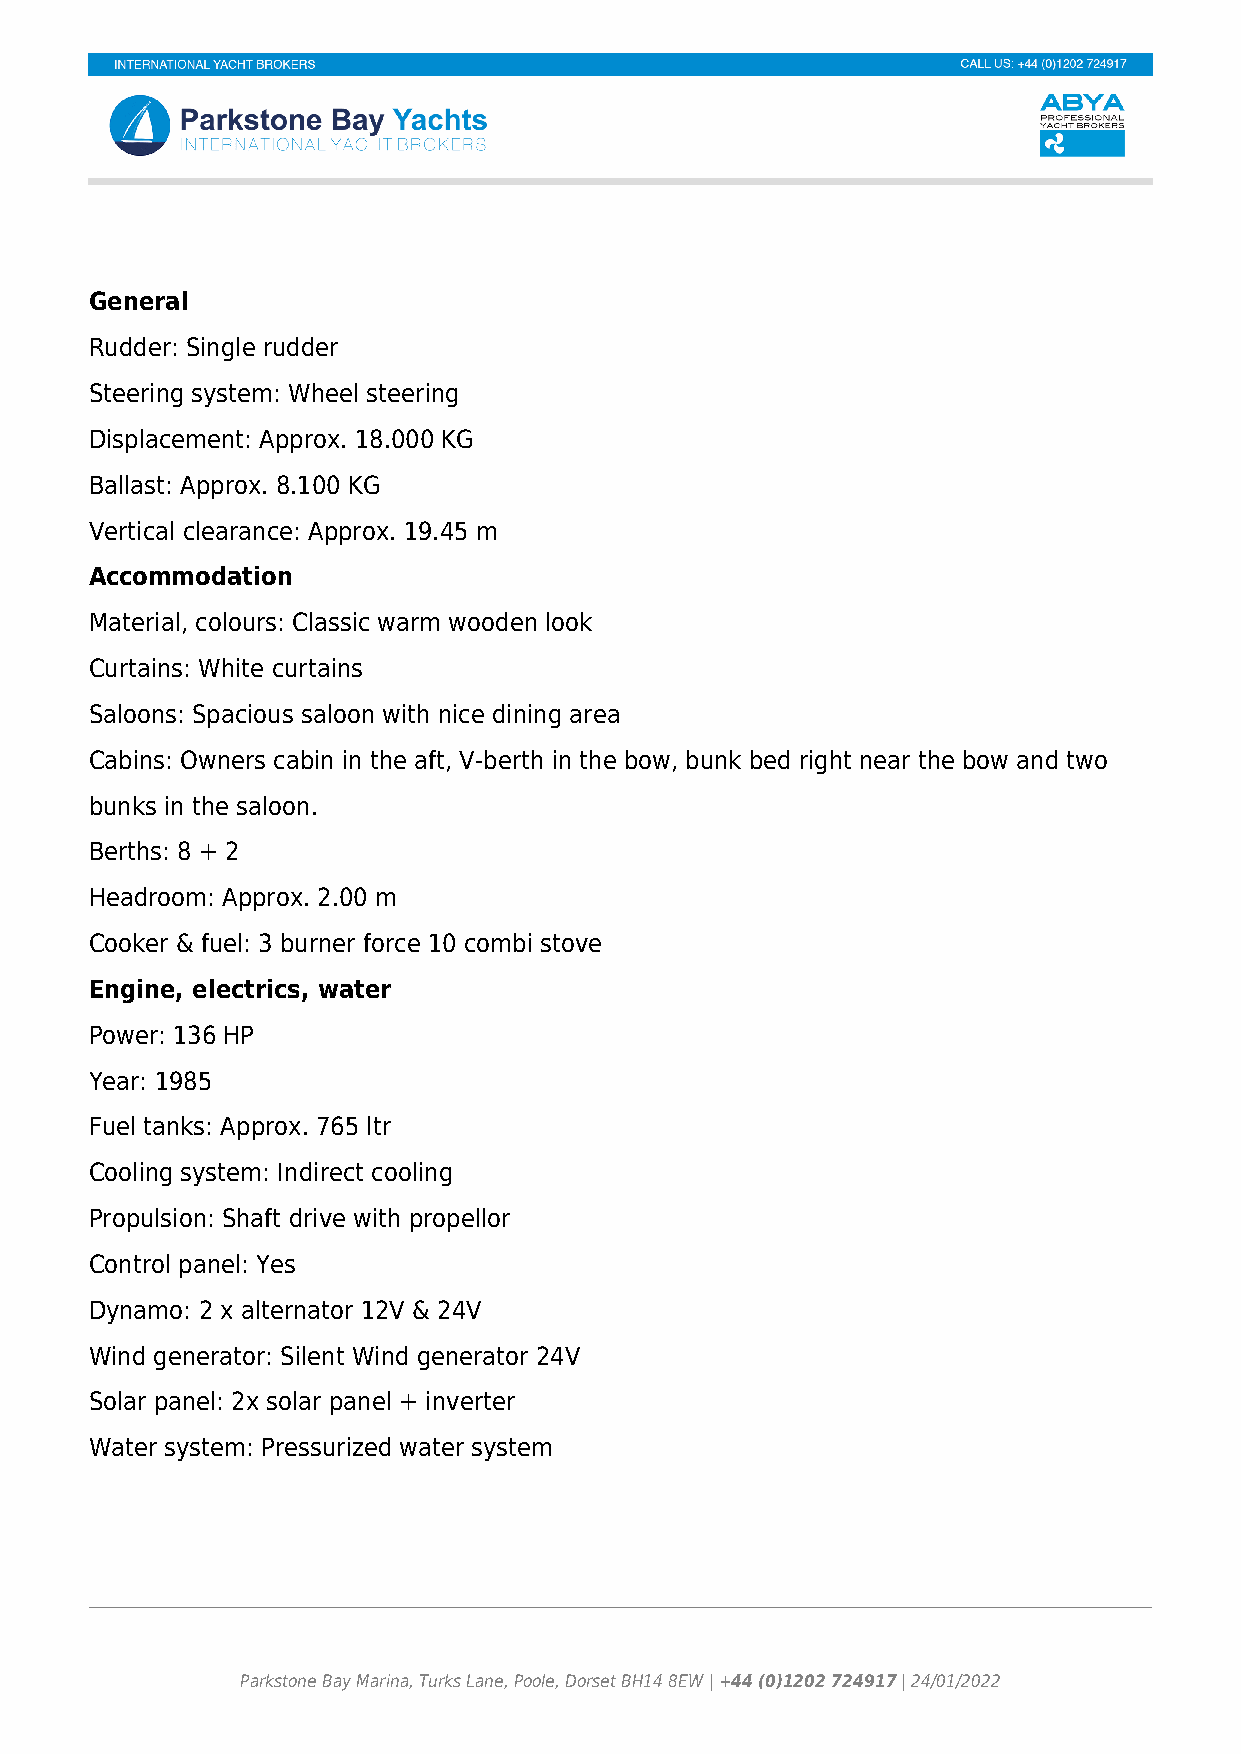
General
 Rudder: Single rudder
 Steering system: Wheel steering
 Displacement: Approx. 18.000 KG
 Ballast: Approx. 8.100 KG
 Vertical clearance: Approx. 19.45 m
 Accommodation
 Material, colours: Classic warm wooden look
 Curtains: White curtains
 Saloons: Spacious saloon with nice dining area
 Cabins: Owners cabin in the aft, V-berth in the bow, bunk bed right near the bow and two
 bunks in the saloon.
 Berths: 8 + 2
 Headroom: Approx. 2.00 m
 Cooker & fuel: 3 burner force 10 combi stove
 Engine, electrics, water
 Power: 136 HP
 Year: 1985
 Fuel tanks: Approx. 765 ltr
 Cooling system: Indirect cooling
 Propulsion: Shaft drive with propellor
 Control panel: Yes
 Dynamo: 2 x alternator 12V & 24V
 Wind generator: Silent Wind generator 24V
 Solar panel: 2x solar panel + inverter
 Water system: Pressurized water system
 Parkstone Bay Marina, Turks Lane, Poole, Dorset BH14 8EW | +44 (0)1202 724917 | 24/01/2022